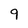
Character: 9